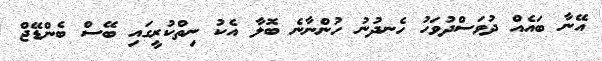
އޭނާ ބައެއް ދުވަސްދުވަހު ހެނދުނު ހުންނާނެ ބޮލާ އެކު ނިތްކުރީގައި ބޭސް ބެންޑޭޖް